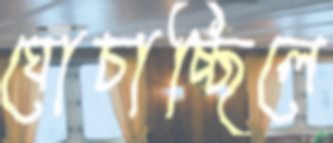
ঘোচাচ্ছিলে